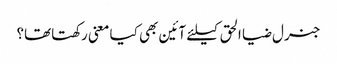
جنرل ضیا الحق کیلئے آئین بھی کیا معنی رکھتاتھا؟